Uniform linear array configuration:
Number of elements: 16
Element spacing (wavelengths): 0.5
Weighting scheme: cosine
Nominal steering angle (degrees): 15
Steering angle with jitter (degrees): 13.66
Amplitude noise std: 0.05
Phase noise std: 0.05

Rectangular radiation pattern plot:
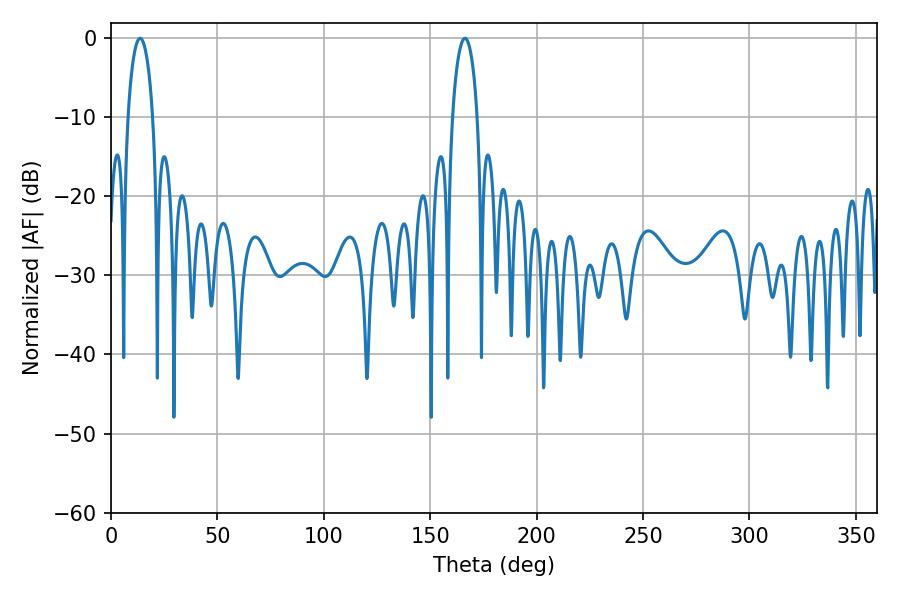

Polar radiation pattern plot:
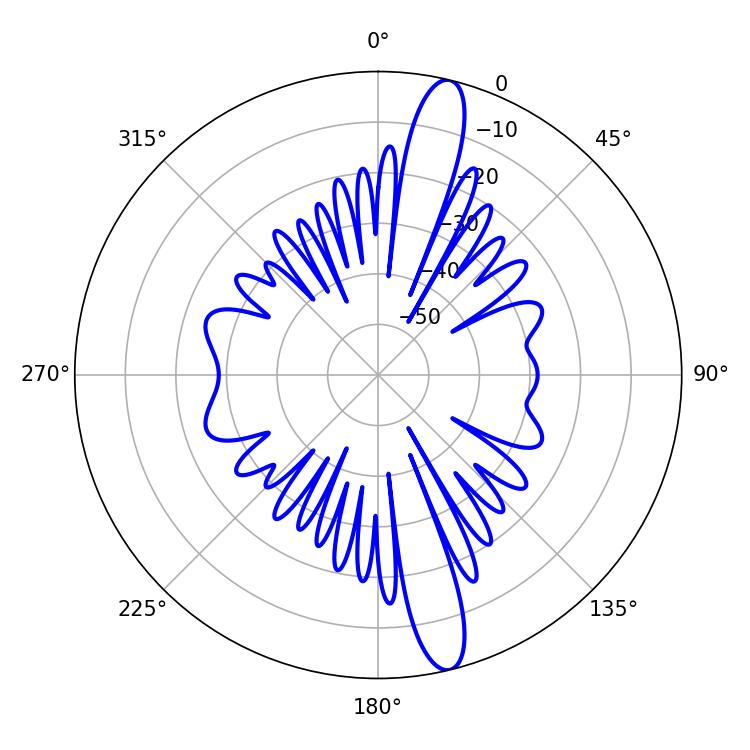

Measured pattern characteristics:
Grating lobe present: FALSE
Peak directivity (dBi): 15.228
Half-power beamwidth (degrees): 6.66
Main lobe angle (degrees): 13.68